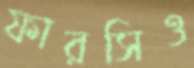
ফারসিও